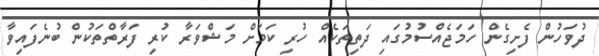
ދުވަހުން ފެށިގެން ހަމަޖެއްސުމުގައި ދަތިތަކެއް ހުރި ކަމަށް މަޝްވަރާ ކުރި ފަރާތްތަކުން ބުނެފައިވާ